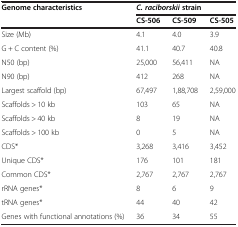
| <ROWSPAN=2> Genome characteristics | <COLSPAN=3> C. raciborskii strain |
 | CS-506 | CS-509 | CS-505 |
 | --- | --- | --- | --- |
 | Size (Mb) | 4.1 | 4.0 | 3.9 |
 | G + C content (%) | 41.1 | 40.7 | 40.8 |
 | N50 (bp) | 25,000 | 56,411 | NA |
 | N90 (bp) | 412 | 268 | NA |
 | Largest scaffold (bp) | 67,497 | 1,88,708 | 2,59,000 |
 | Scaffolds > 10 kb | 103 | 65 | NA |
 | Scaffolds > 40 kb | 8 | 19 | NA |
 | Scaffolds > 100 kb | 0 | 5 | NA |
 | CDS* | 3,268 | 3,416 | 3,452 |
 | Unique CDS* | 176 | 101 | 181 |
 | Common CDS* | 2,767 | 2,767 | 2,767 |
 | rRNA genes* | 8 | 6 | 9 |
 | tRNA genes* | 44 | 40 | 42 |
 | Genes with functional annotations (%) | 36 | 34 | 55 |